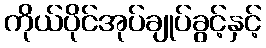
ကိုယ်ပိုင်အုပ်ချုပ်ခွင့်နှင့်